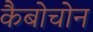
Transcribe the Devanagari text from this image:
कैबोचोन